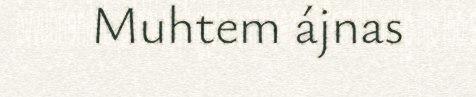
Muhtem ájnas